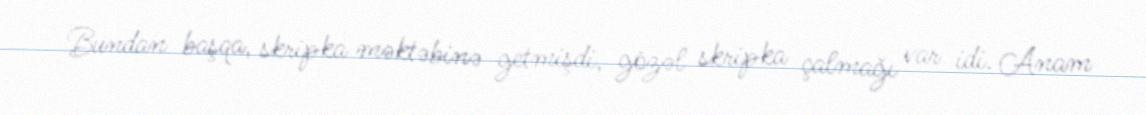
Bundan başqa, skripka məktəbinə getmişdi, gözəl skripka çalmağı var idi. Anam